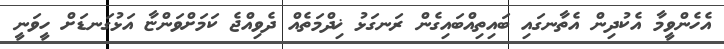
އެހެންވީމާ އެކުދިން އެތާނގައި ބައިތިއްބައިގެން ރަނގަޅު ޚިދްމަތެއް ދެވިއްޖެ ކަމަށްވަންޏާ އަޅުގަނޑަށް ހީވަނީ